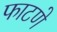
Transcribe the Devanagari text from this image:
फाटणे